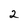
Character: 2